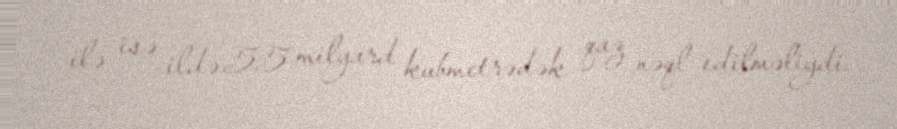
ilə isə ildə 55 milyard kubmetrədək qaz nəql edilməliydi.